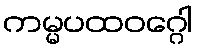
ကမ္မပထဝဂ္ဂေါ